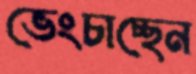
ভেংচাচ্ছেন